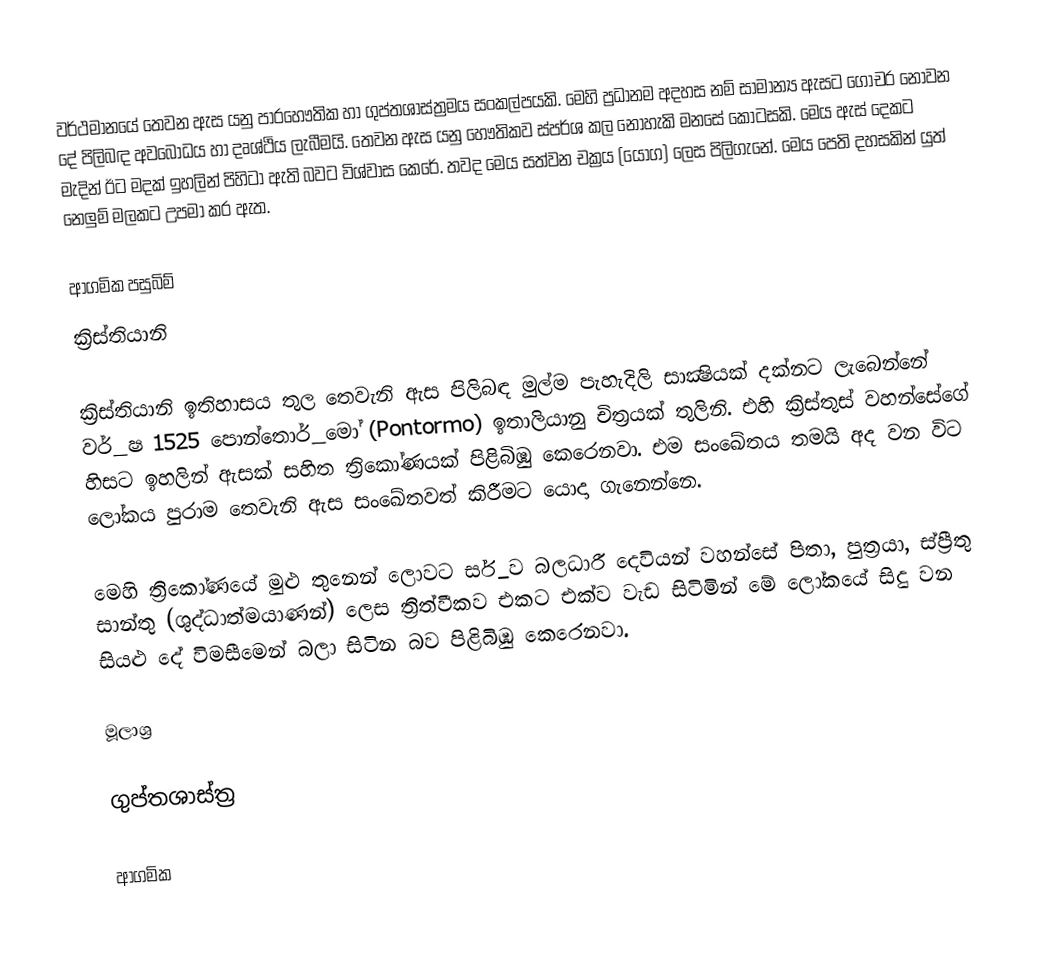
වර්ථමානයේ තෙවන ඇස යනු පාරහෞතික හා ගුප්තශාස්ත්‍රමය සංකල්පයකි. මෙහි ප්‍රධානම අදහස නම් සාමාන්‍ය ඇසට ගෝචර නොවන දේ පිලිබඳ අවබෝධය හා දෘශ්ථිය ලැබීමයි. තෙවන ඇස යනු හෞතිකව ස්පර්ශ කල නොහැකි මනසේ කොටසකි. මෙය ඇස් දෙකට මැදින් ඊට මදක් ඉහලින් පිහිටා ඇති බවට විශ්වාස කෙරේ. තවද මෙය සත්වන චක්‍රය (යෝග) ලෙස පිලිගැනේ. මෙය පෙති දහසකින් යුත් නෙලුම් මලකට උපමා කර ඇත.

ආගමික පසුබිම්
ක්‍රිස්තියානි

ක්‍රිස්තියානි ඉතිහාසය තුල තෙවැනි ඇස පිලිබඳ මුල්ම පැහැදිලි සාක්‍ෂියක් දක්නට ලැබෙන්නේ වර්_ෂ 1525 පොන්තොර්_මෝ (Pontormo) ඉතාලියානු චිත්‍රයක් තුලිනි. එහි ක්‍රිස්තුස් වහන්සේගේ හිසට ඉහලින් ඇසක් සහිත ත්‍රිකෝණයක් පිළිබිඹු කෙරෙනවා. එම සංඛේතය තමයි අද වන විට ලෝකය පුරාම තෙවැනි ඇස සංඛේතවත් කිරීමට යොදා ගැනෙන්නෙ.

මෙහි ත්‍රිකෝණයේ මුළු තුනෙන් ලොවට සර්_ව බලධාරී දෙවියන් වහන්සේ පිතා, පුත්‍රයා, ස්ප්‍රීතු සාන්තු (ශුද්ධාත්මයාණන්) ලෙස ත්‍රිත්වීකව එකට එක්ව වැඩ සිටිමින් මේ ලෝකයේ සිදු වන සියළු දේ විමසීමෙන් බලා සිටින බව පිළිබිඹු කෙරෙනවා.

මූලාශ්‍ර

ගුප්තශාස්ත්‍ර

ආගමික